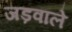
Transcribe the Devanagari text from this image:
जड़वाले